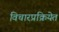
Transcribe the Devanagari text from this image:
विचारप्रक्रियेत